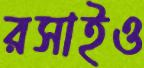
রসাইও